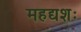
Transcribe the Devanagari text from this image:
महद्यशः